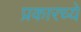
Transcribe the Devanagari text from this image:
प्रकारच्ये